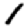
Digit: 1